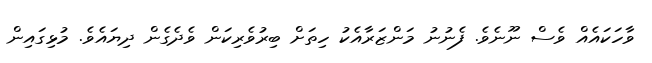
ވާހަކައެއް ވެސް ނޫނެވެ. ފެނުނު މަންޒަރާއެކު ހިތަށް ބިރުވެރިކަން ވެދެގެން ދިޔައެވެ. މުޅިގައިން